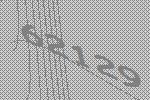
62129